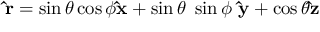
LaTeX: \mathbf { \hat { r } } = \sin \theta \cos \phi \mathbf { \hat { x } } + \sin \theta ~ \sin \phi ~ \mathbf { \hat { y } } + \cos \theta \mathbf { \hat { z } }